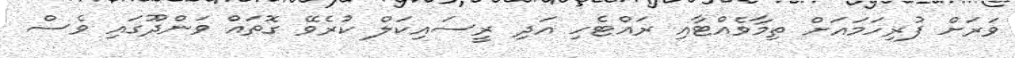
ވަރަށް ފުރިހަމައަށް ތިމާވެއްޓާއި ރައްޓެހި އަދި ރީސައިކަލް ކުރެވޭ ގޮތައް ވަންދޫގައި ވެސް